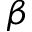
\beta